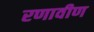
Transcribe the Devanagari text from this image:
रणावीण